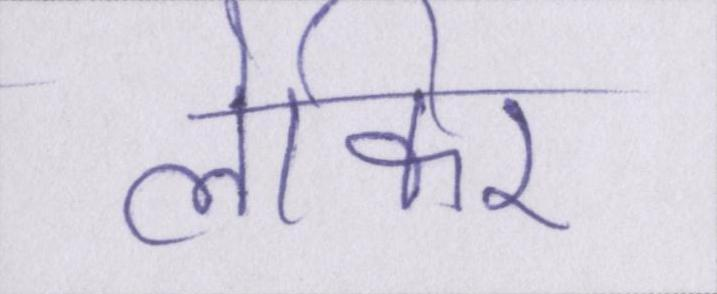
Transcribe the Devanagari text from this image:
लेकिर